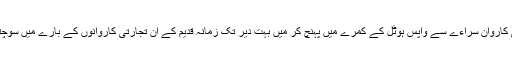
ملتانی کاروان سراءے سے واپس ہوٹل کے کمرے میں پہنچ کر میں بہت دیر تک زمانہ قدیم کے ان تجارتی کاروانوں کے بارے میں سوچتا رہا۔